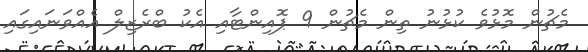
މެޗުން މޮޅުވެ ކުޅުނު ތިން މެޗުން 9 ޕޮއިންޓާއި އެކު ބްރެޒިލް އެއްވަނައިގައި